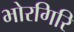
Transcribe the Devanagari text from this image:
भोरगिरि